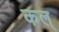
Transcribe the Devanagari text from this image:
कल्